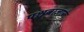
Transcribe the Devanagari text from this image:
पश्चबाजार